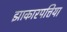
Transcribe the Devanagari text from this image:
झाकारपत्तिया